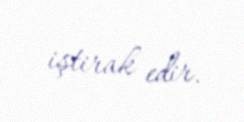
iştirak edir.